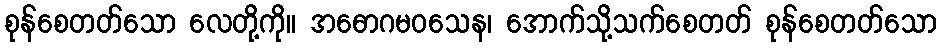
စုန်စေတတ်သော လေတို့ကို။ အဓောဂမဝသေန၊ အောက်သို့သက်စေတတ် စုန်စေတတ်သော